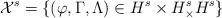
LaTeX: \begin{align*} \mathcal{X}^s=\{(\varphi, \Gamma, \Lambda) \in H^s\times H^s_\times H^s_{}\}\end{align*}